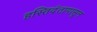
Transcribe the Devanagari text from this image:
हस्तिदंतापासून